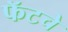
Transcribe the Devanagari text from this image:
फॅटचे